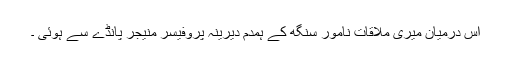
اس درمیان میری ملاقات نامور سنگھ کے ہمدم دیرینہ پروفیسر منیجر پانڈے سے ہوئی ۔